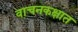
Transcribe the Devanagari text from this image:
वाचनकक्षात